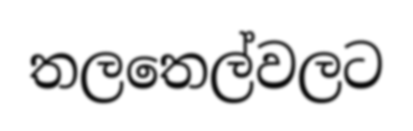
තලතෙල්වලට